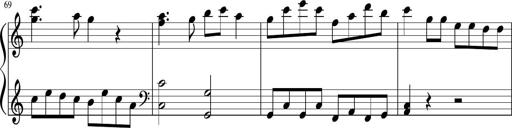
Title: Sonatine Nr.1 in C-Dur
Composer: DÃ©sirÃ©e Manns
Key: C major